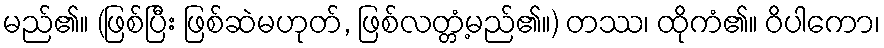
မည်၏။ (ဖြစ်ပြီး ဖြစ်ဆဲမဟုတ်, ဖြစ်လတ္တံ့မည်၏။) တဿ၊ ထိုကံ၏။ ဝိပါကော၊